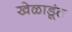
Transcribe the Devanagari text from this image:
खेळाडूंत